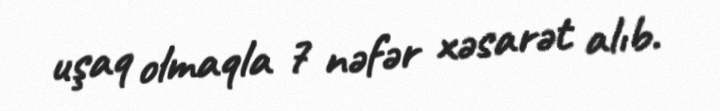
uşaq olmaqla 7 nəfər xəsarət alıb.